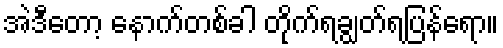
အဲဒီတော့ နောက်တစ်ခါ တိုက်ရချွတ်ရပြန်ရော။